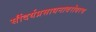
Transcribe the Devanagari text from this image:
सौंदर्यप्रसाधनाबरोबरच